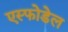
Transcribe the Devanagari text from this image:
एस्फोडेल